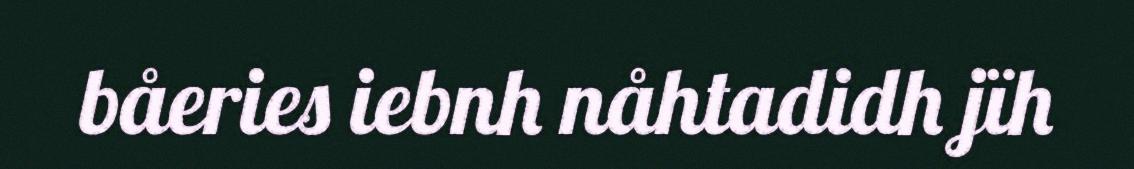
båeries iebnh nåhtadidh jïh